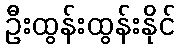
ဦးထွန်းထွန်းနိုင်